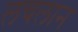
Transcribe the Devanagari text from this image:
लचलान